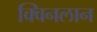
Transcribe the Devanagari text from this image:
क्विनलान